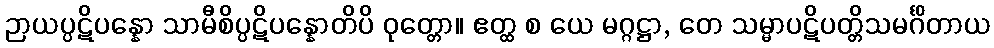
ဉာယပ္ပဋိပန္နော သာမီစိပ္ပဋိပန္နောတိပိ ဝုတ္တော။ ဧတ္ထ စ ယေ မဂ္ဂဋ္ဌာ, တေ သမ္မာပဋိပတ္တိသမင်္ဂိတာယ